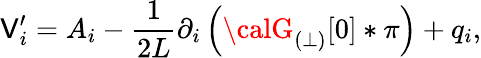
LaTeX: \mathsf{V}_{i}^{\prime}={A}_{i}-\frac{{1}}{{2L}}\partial_{i}\left({\calG}_{(\perp)}[0]\ast\pi\right)+q_{i},